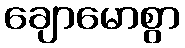
ချောမောစွာ